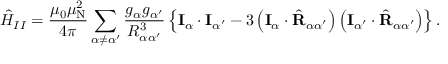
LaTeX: { \hat { H } } _ { I I } = { \frac { \mu _ { 0 } \mu _ { \mathrm { N } } ^ { 2 } } { 4 \pi } } \sum _ { \alpha \neq \alpha ^ { \prime } } { \frac { g _ { \alpha } g _ { \alpha ^ { \prime } } } { R _ { \alpha \alpha ^ { \prime } } ^ { 3 } } } \left\{ \mathbf { I } _ { \alpha } \cdot \mathbf { I } _ { \alpha ^ { \prime } } - 3 \left( \mathbf { I } _ { \alpha } \cdot { \hat { \mathbf { R } } } _ { \alpha \alpha ^ { \prime } } \right) \left( \mathbf { I } _ { \alpha ^ { \prime } } \cdot { \hat { \mathbf { R } } } _ { \alpha \alpha ^ { \prime } } \right) \right\} .